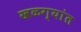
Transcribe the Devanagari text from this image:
खळग्यांत